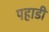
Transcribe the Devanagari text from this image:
पह़ाडी